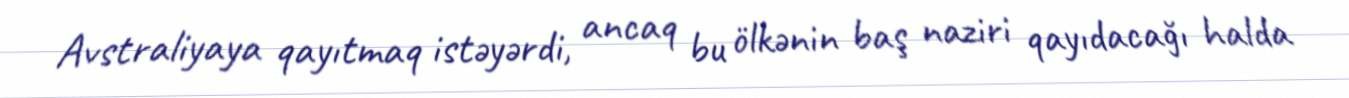
Avstraliyaya qayıtmaq istəyərdi, ancaq bu ölkənin baş naziri qayıdacağı halda